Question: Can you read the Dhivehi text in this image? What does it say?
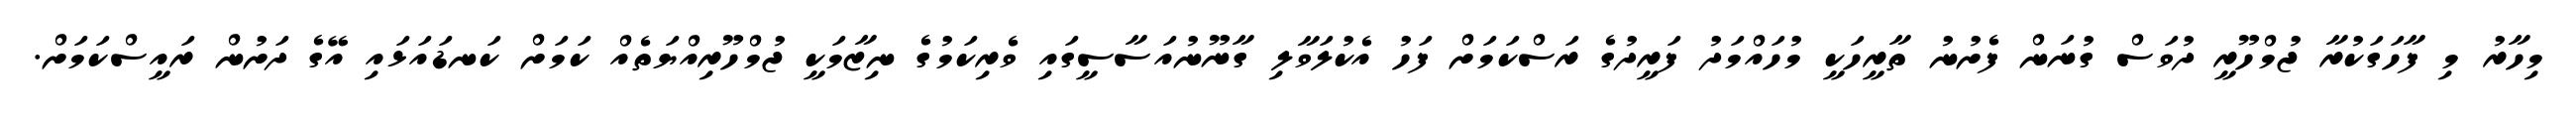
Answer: މިހާރު މި ފާހަގަކުރާ ޖުމްހޫރީ ދުވަސް ގުނަން ފެށުނު ތާރީހަކީ މުހައްމަދު ފަރީދުގެ ރަސްކަމަށް ފަހު އެކުލަވާލި ގާނޫނުއަސާސީގައި ވެރިކަމުގެ ނިޒާމަކީ ޖުމްހޫރިއްޔަތެއް ކަމަށް ކަނޑައަޅައި އޭގެ ދަށުން ރައީސްކަމަށް.